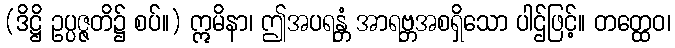
(ဒိဋ္ဌိ ဥပ္ပဇ္ဇတိ၌ စပ်။) ဣမိနာ၊ ဤအပရန္တံ အာရဗ္ဘအစရှိသော ပါဌ်ဖြင့်။ တတ္ထေဝ၊